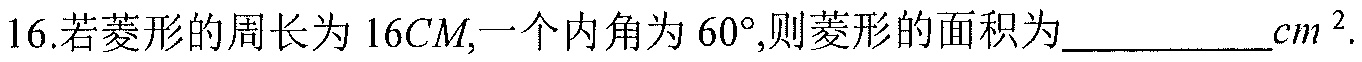
16.若菱形的周长为\(16CM\),一个内角为\(60^{\circ}\),则菱形的面积为____________\(cm^{2}\).